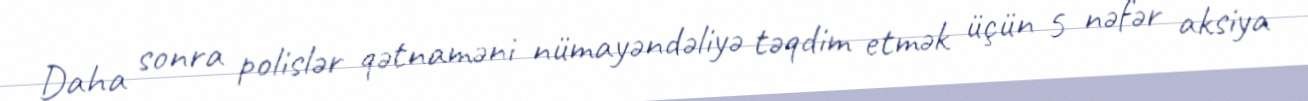
Daha sonra polislər qətnaməni nümayəndəliyə təqdim etmək üçün 5 nəfər aksiya